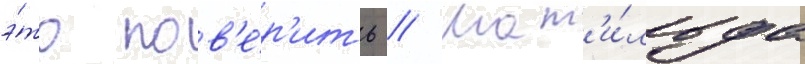
э́то пов'е́р'ить // Мат'и́льда